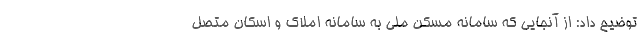
توضیح داد: از آنجایی که سامانه مسکن ملی به سامانه املاک و اسکان متصل